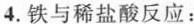
4.铁与稀盐酸反应：